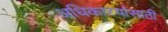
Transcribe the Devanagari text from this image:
अधिकाऱयांसाठी